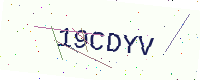
Text: 19CDYV